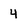
Character: 4